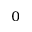
_ 0